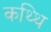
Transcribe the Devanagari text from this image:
कथ्थि